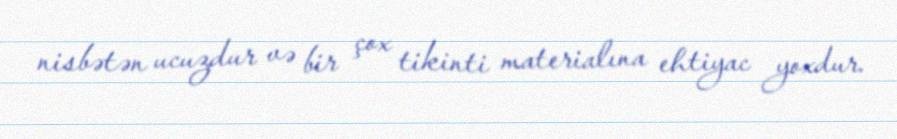
nisbətən ucuzdur və bir çox tikinti materialına ehtiyac yoxdur.